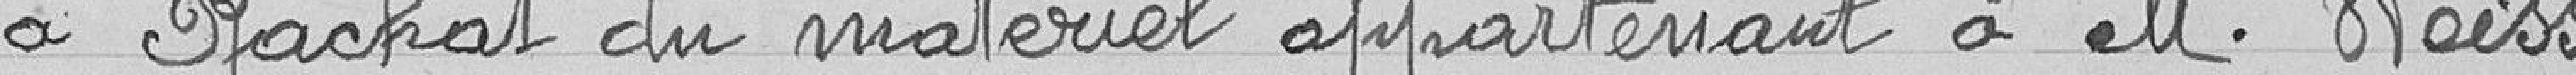
a- Rachat du matériel appartenant à monsieur Weiss